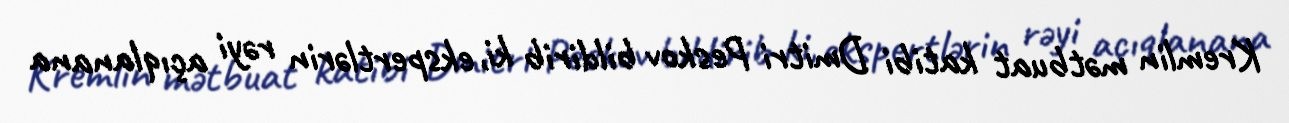
Kremlin mətbuat katibi Dmitri Peskov bildirib ki, ekspertlərin rəyi açıqlanana